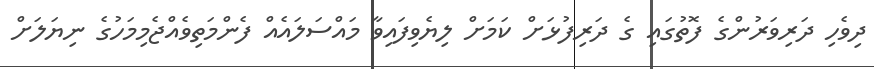
ދިވެހި ދަރިވަރުންގެ ފޮތުގައި ގެ ދަރިފުޅަށް ކަމަށް ލިޔެވިފައިވާ މައްސަލައެއް ފެންމަތިވެއްޖެމިމަހުގެ ނިޔަލަށް